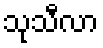
သုသီလာ